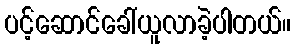
ပင့်ဆောင်ခေါ်ယူလာခဲ့ပါတယ်။